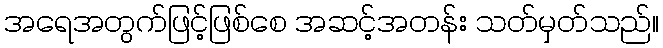
အရေအတွက်ဖြင့်ဖြစ်စေ အဆင့်အတန်း သတ်မှတ်သည်။